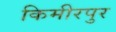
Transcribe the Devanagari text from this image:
किमीरपुर